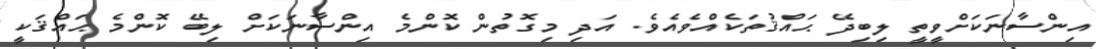
އިންސާނަކަށްވީތީ ލިބިދޭ ޙައްޤުތަކެއްވެއެވެ. އަދި މިގޮތުން ކޮންމެ އިންސާނަކަށް ލިބޭ ކޮންމެ ޙައްޤަކީ